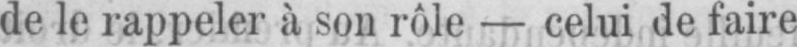
de le rappeler à son rôle - celui de faire